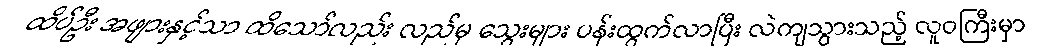
ထိပ်ဦး အဖျားနှင့်သာ ထိသော်လည်း လည်မှ သွေးများ ပန်းထွက်လာပြီး လဲကျသွားသည့် လူဝကြီးမှာ